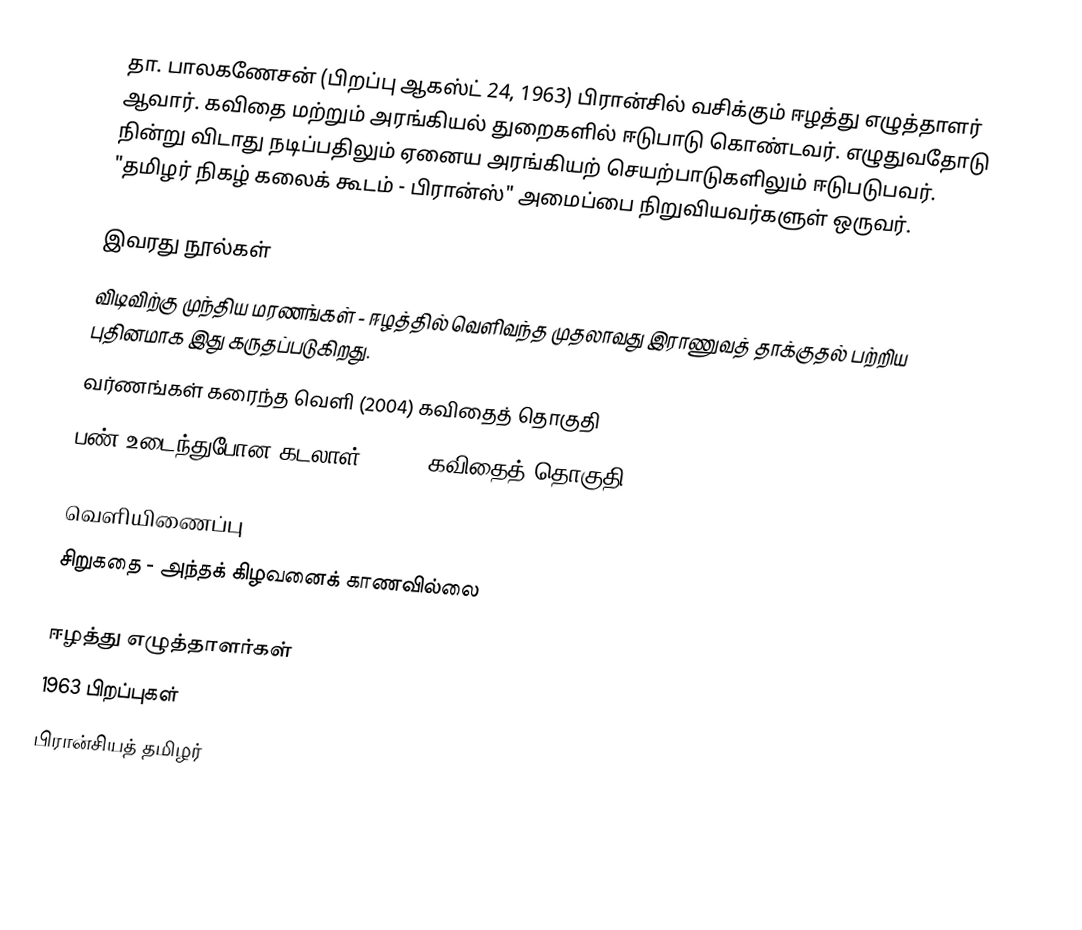
தா. பாலகணேசன் (பிறப்பு ஆகஸ்ட் 24, 1963) பிரான்சில் வசிக்கும் ஈழத்து எழுத்தாளர் ஆவார். கவிதை மற்றும் அரங்கியல் துறைகளில் ஈடுபாடு கொண்டவர். எழுதுவதோடு நின்று விடாது நடிப்பதிலும் ஏனைய அரங்கியற் செயற்பாடுகளிலும் ஈடுபடுபவர். "தமிழர் நிகழ் கலைக் கூடம் - பிரான்ஸ்" அமைப்பை நிறுவியவர்களுள் ஒருவர்.

இவரது நூல்கள்
 விடிவிற்கு முந்திய மரணங்கள் - ஈழத்தில் வெளிவந்த முதலாவது இராணுவத் தாக்குதல் பற்றிய புதினமாக இது கருதப்படுகிறது.
 வர்ணங்கள் கரைந்த வெளி (2004) கவிதைத் தொகுதி
 பண் உடைந்துபோன கடலாள் (2010) கவிதைத் தொகுதி

வெளியிணைப்பு
 சிறுகதை - அந்தக் கிழவனைக் காணவில்லை

ஈழத்து எழுத்தாளர்கள்
1963 பிறப்புகள்
பிரான்சியத் தமிழர்